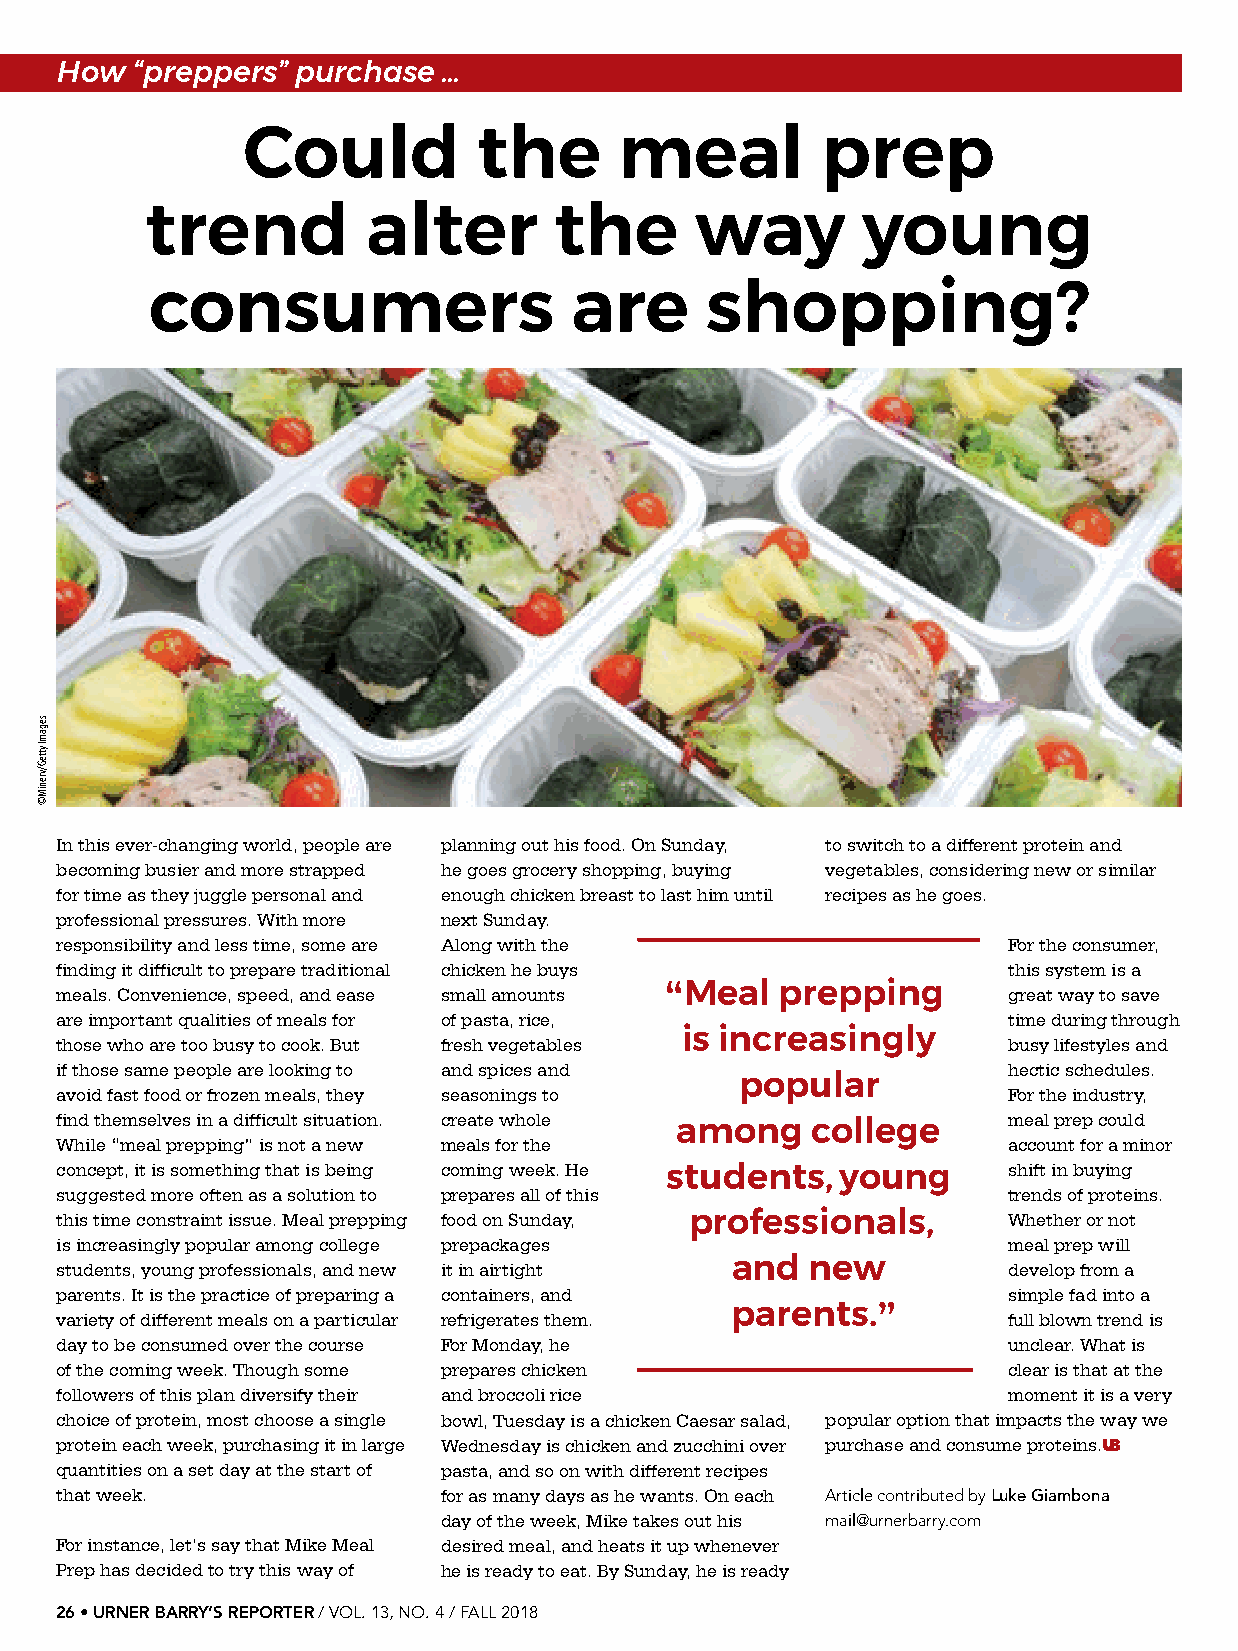
How  “preppers” purchase …
 Could           the      meal         prep
 trend         alter        the      way        young
 consumers                   are      shopping?
 In this ever-changing world, people are planning out his food. On Sunday, to switch to a different protein and
 becoming busier and more strapped he goes grocery shopping, buying vegetables, considering new or similar
 for time as they juggle personal and enough chicken breast to last him until recipes as he goes.
 professional pressures. With more next Sunday.
 responsibility and less time, some are Along with the          For the consumer,
 finding it difficult to prepare traditional chicken he buys    this system is a
 “
 meals. Convenience, speed, and ease small amounts Meal prepping great way to save
 are important qualities of meals for of pasta, rice,           time during through
 those who are too busy to cook. But fresh vegetables is increasingly busy lifestyles and
 if those same people are looking to and spices and             hectic schedules.
 popular
 avoid fast food or frozen meals, they seasonings to            For the industry,
 find themselves in a difficult situation. create whole         meal prep could
 among    college
 While “meal prepping” is not a new meals for the               account for a minor
 concept, it is something that is being coming week. He         shift in buying
 students,   young
 suggested more often as a solution to prepares all of this     trends of proteins.
 this time constraint issue. Meal prepping food on Sunday, professionals, Whether or not
 is increasingly popular among college prepackages              meal prep will
 students, young professionals, and new it in airtight and new  develop from a
 parents. It is the practice of preparing a containers, and     simple fad into a
 ”
 variety of different meals on a particular refrigerates them. parents. full blown trend is
 day to be consumed over the course For Monday, he              unclear. What is
 of the coming week. Though some prepares chicken               clear is that at the
 followers of this plan diversify their and broccoli rice       moment it is a very
 choice of protein, most choose a single bowl, Tuesday is a chicken Caesar salad, popular option that impacts the way we
 protein each week, purchasing it in large Wednesday is chicken and zucchini over purchase and consume proteins.UB
 quantities on a set day at the start of pasta, and so on with different recipes
 that week.               for as many days as he wants. On each Article contributed by Luke Giambona
 day of the week, Mike takes out his mail@urnerbarry.com
 For instance, let’s say that Mike Meal desired meal, and heats it up whenever
 Prep has decided to try this way of he is ready to eat. By Sunday, he is ready
 26 • URNER BARRY’S REPORTER / VOL. 13, NO. 4 / FALL 2018
 segamI
 ytteG/vreniM©